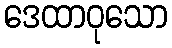
ဒေထာဝုသော